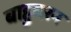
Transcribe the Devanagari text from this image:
बाहुघरन